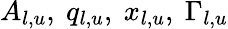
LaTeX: A_{l,u},\ q_{l,u},\ x_{l,u},\ \Gamma_{l,u}